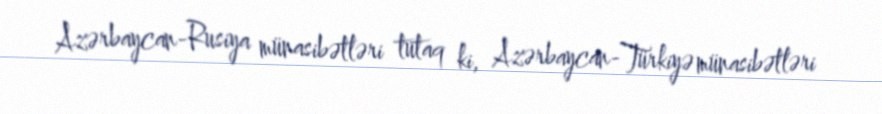
Azərbaycan-Rusiya münasibətləri tutaq ki, Azərbaycan-Türkiyə münasibətləri